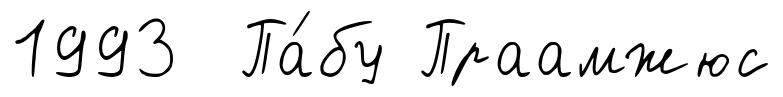
1993 Па́бу Праамжюс